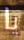
يا